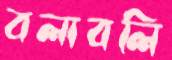
বলাবলি